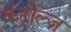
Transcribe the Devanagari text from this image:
कंट्रोल्ज़